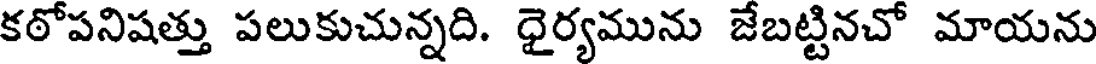
కఠోపనిషత్తు పలుకుచున్నది. ధైర్యమును జేబట్టినచో మాయను